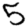
Digit: 5